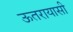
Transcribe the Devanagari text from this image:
ऊतरायासी